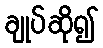
ချုပ်ဆို၍